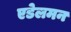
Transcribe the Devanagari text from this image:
एडेलमन